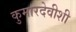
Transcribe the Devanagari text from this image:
कुमारदेवीशी